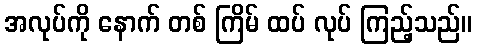
အလုပ်ကို နောက် တစ် ကြိမ် ထပ် လုပ် ကြည့်သည်။